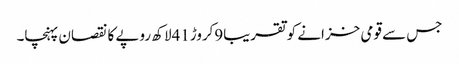
جس سے قومی خزانے کو تقریبا9کروڑ41لاکھ روپے کا نقصان پہنچا۔